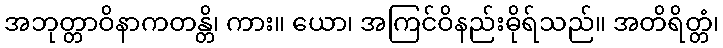
အဘုတ္တာဝိနာကတန္တိ၊ ကား။ ယော၊ အကြင်ဝိနည်းဓိုရ်သည်။ အတိရိတ္တံ၊